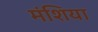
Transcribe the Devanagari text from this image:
मंशिया